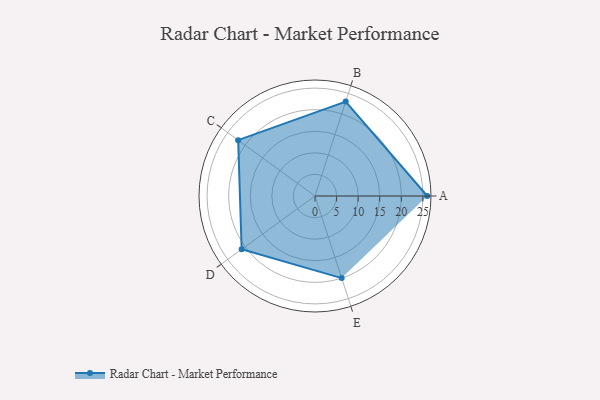
{"axis": {"x": "Skill", "y": "Score"}, "legend": ["Profile"], "data": [{"x": "A", "y": 26.0, "type": "Profile"}, {"x": "B", "y": 23.0, "type": "Profile"}, {"x": "C", "y": 22.0, "type": "Profile"}, {"x": "D", "y": 21.0, "type": "Profile"}, {"x": "E", "y": 20, "type": "Profile"}]}